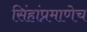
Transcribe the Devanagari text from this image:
सिंहांप्रमाणेच